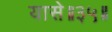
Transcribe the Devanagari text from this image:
यासे॥३५॥